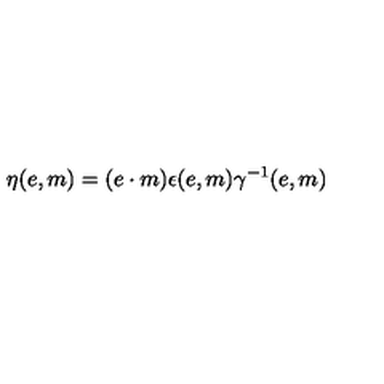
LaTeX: \eta ( e , m ) = ( e \cdot m ) \epsilon ( e , m ) \gamma ^ { - 1 } ( e , m )